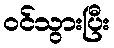
ဝင်သွားပြီး